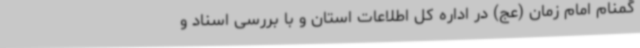
گمنام امام زمان (عج) در اداره کل اطلاعات استان و با بررسی اسناد و